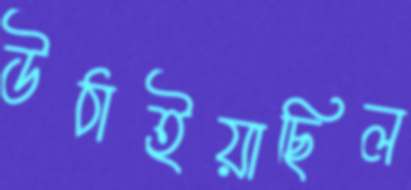
উঠাইয়াছিল